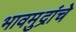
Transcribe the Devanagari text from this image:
भावमुद्रांचे